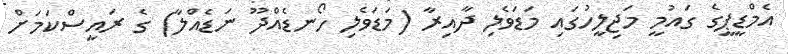
އެމްޑީޕީގެ ގައުމީ މަޖިލީހުގައި މަޑަވެލި ދާއިރާ (މަޑަވެލި ހޯނޑެއްދޫ ނަޑެއްލާ) ގެ ރައީސްކަމަށް